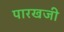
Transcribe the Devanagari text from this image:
पारखजी